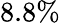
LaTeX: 8.8\%